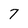
Character: 7